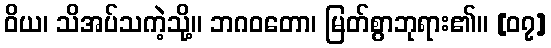
ဝိယ၊ သိအပ်သကဲ့သို့။ ဘဂဝတော၊ မြတ်စွာဘုရား၏။ [၀၇]